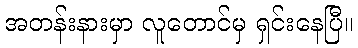
အတန်းနားမှာ လူတောင်မှ ရှင်းနေပြီ။